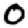
Digit: 0